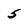
Character: 5